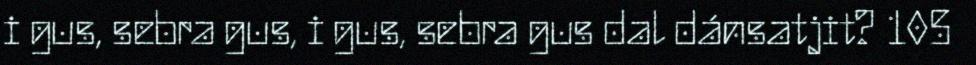
i gus, sebra gus, i gus, sebra gus dal dánsatjit? 105